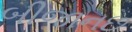
બીજાનછ